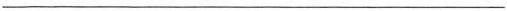
___